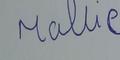
Signature authenticity: forged